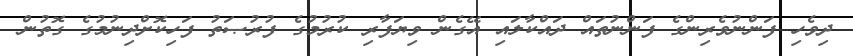
ދިވެހި ފަންނުވެރިންގެ ފަންނުތައް ދައްކާލައި އޭގެން ވިޔަފާރި ކުރުމުގެ ފުރުޞަތު ފަހިކޮށްދިނުމުގެ ގޮތުން